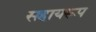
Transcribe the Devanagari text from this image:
सहायरूप